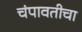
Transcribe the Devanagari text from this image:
चंपावतीचा